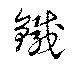
鍼